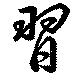
習